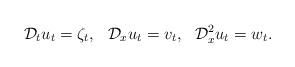
LaTeX: \begin{align*}\mathcal{D}_{t}u_t=\zeta_t,\,\, \ \mathcal{D}_{x}u_t=v_t,\,\,\ \mathcal{D}_{x}^{2}u_t=w_t.\end{align*}